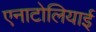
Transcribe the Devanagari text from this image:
एनाटोलियाई